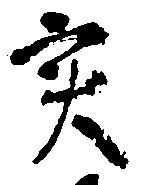
実